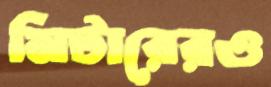
মিটারেরও